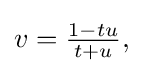
{\textstyle v={\frac {1-tu}{t+u}},}